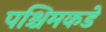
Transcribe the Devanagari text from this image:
पश्चिमकडे